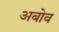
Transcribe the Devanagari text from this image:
अबोव